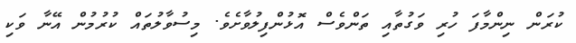
ކުރަން ނިންމާފަ ހުރި ވަގުތާއި ތަންވެސް އޮޅުންފިލުވާށެވެ. މިސުވާލުތައް ކުރުމުން އޭނާ ވަކި